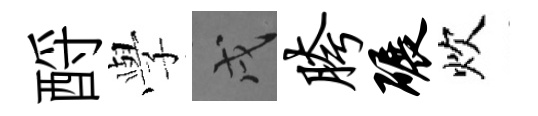
酹𫝯戌胯碾炊